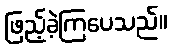
ဖြည့်ခဲ့ကြပေသည်။